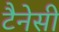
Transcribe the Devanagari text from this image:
टैनेसी